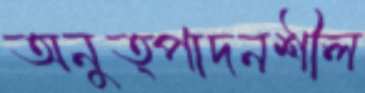
অনুত্পাদনশীল